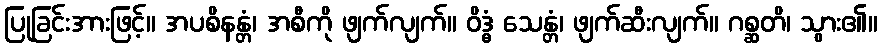
ပြုခြင်းအားဖြင့်။ အပစိနန္တံ၊ အစီကို ဖျက်လျက်။ ဝိဒ္ဓံ သေန္တံ၊ ဖျက်ဆီးလျက်။ ဂစ္ဆတိ၊ သွား၏။